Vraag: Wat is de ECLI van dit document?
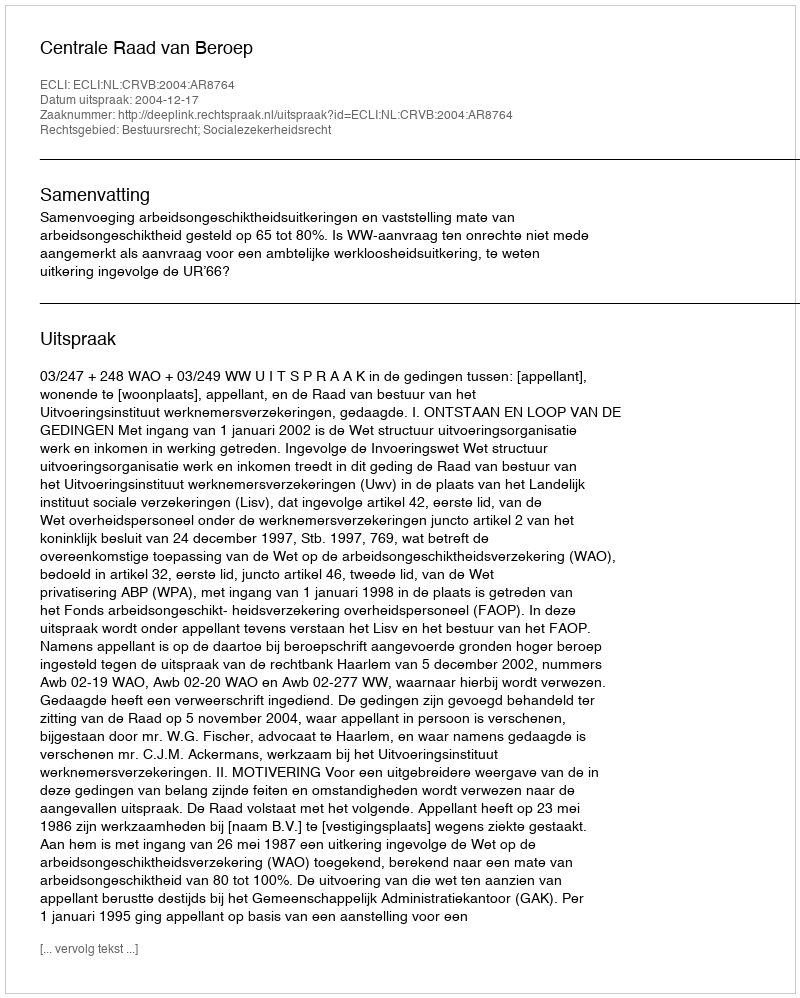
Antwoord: ECLI:NL:CRVB:2004:AR8764